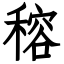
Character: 穃